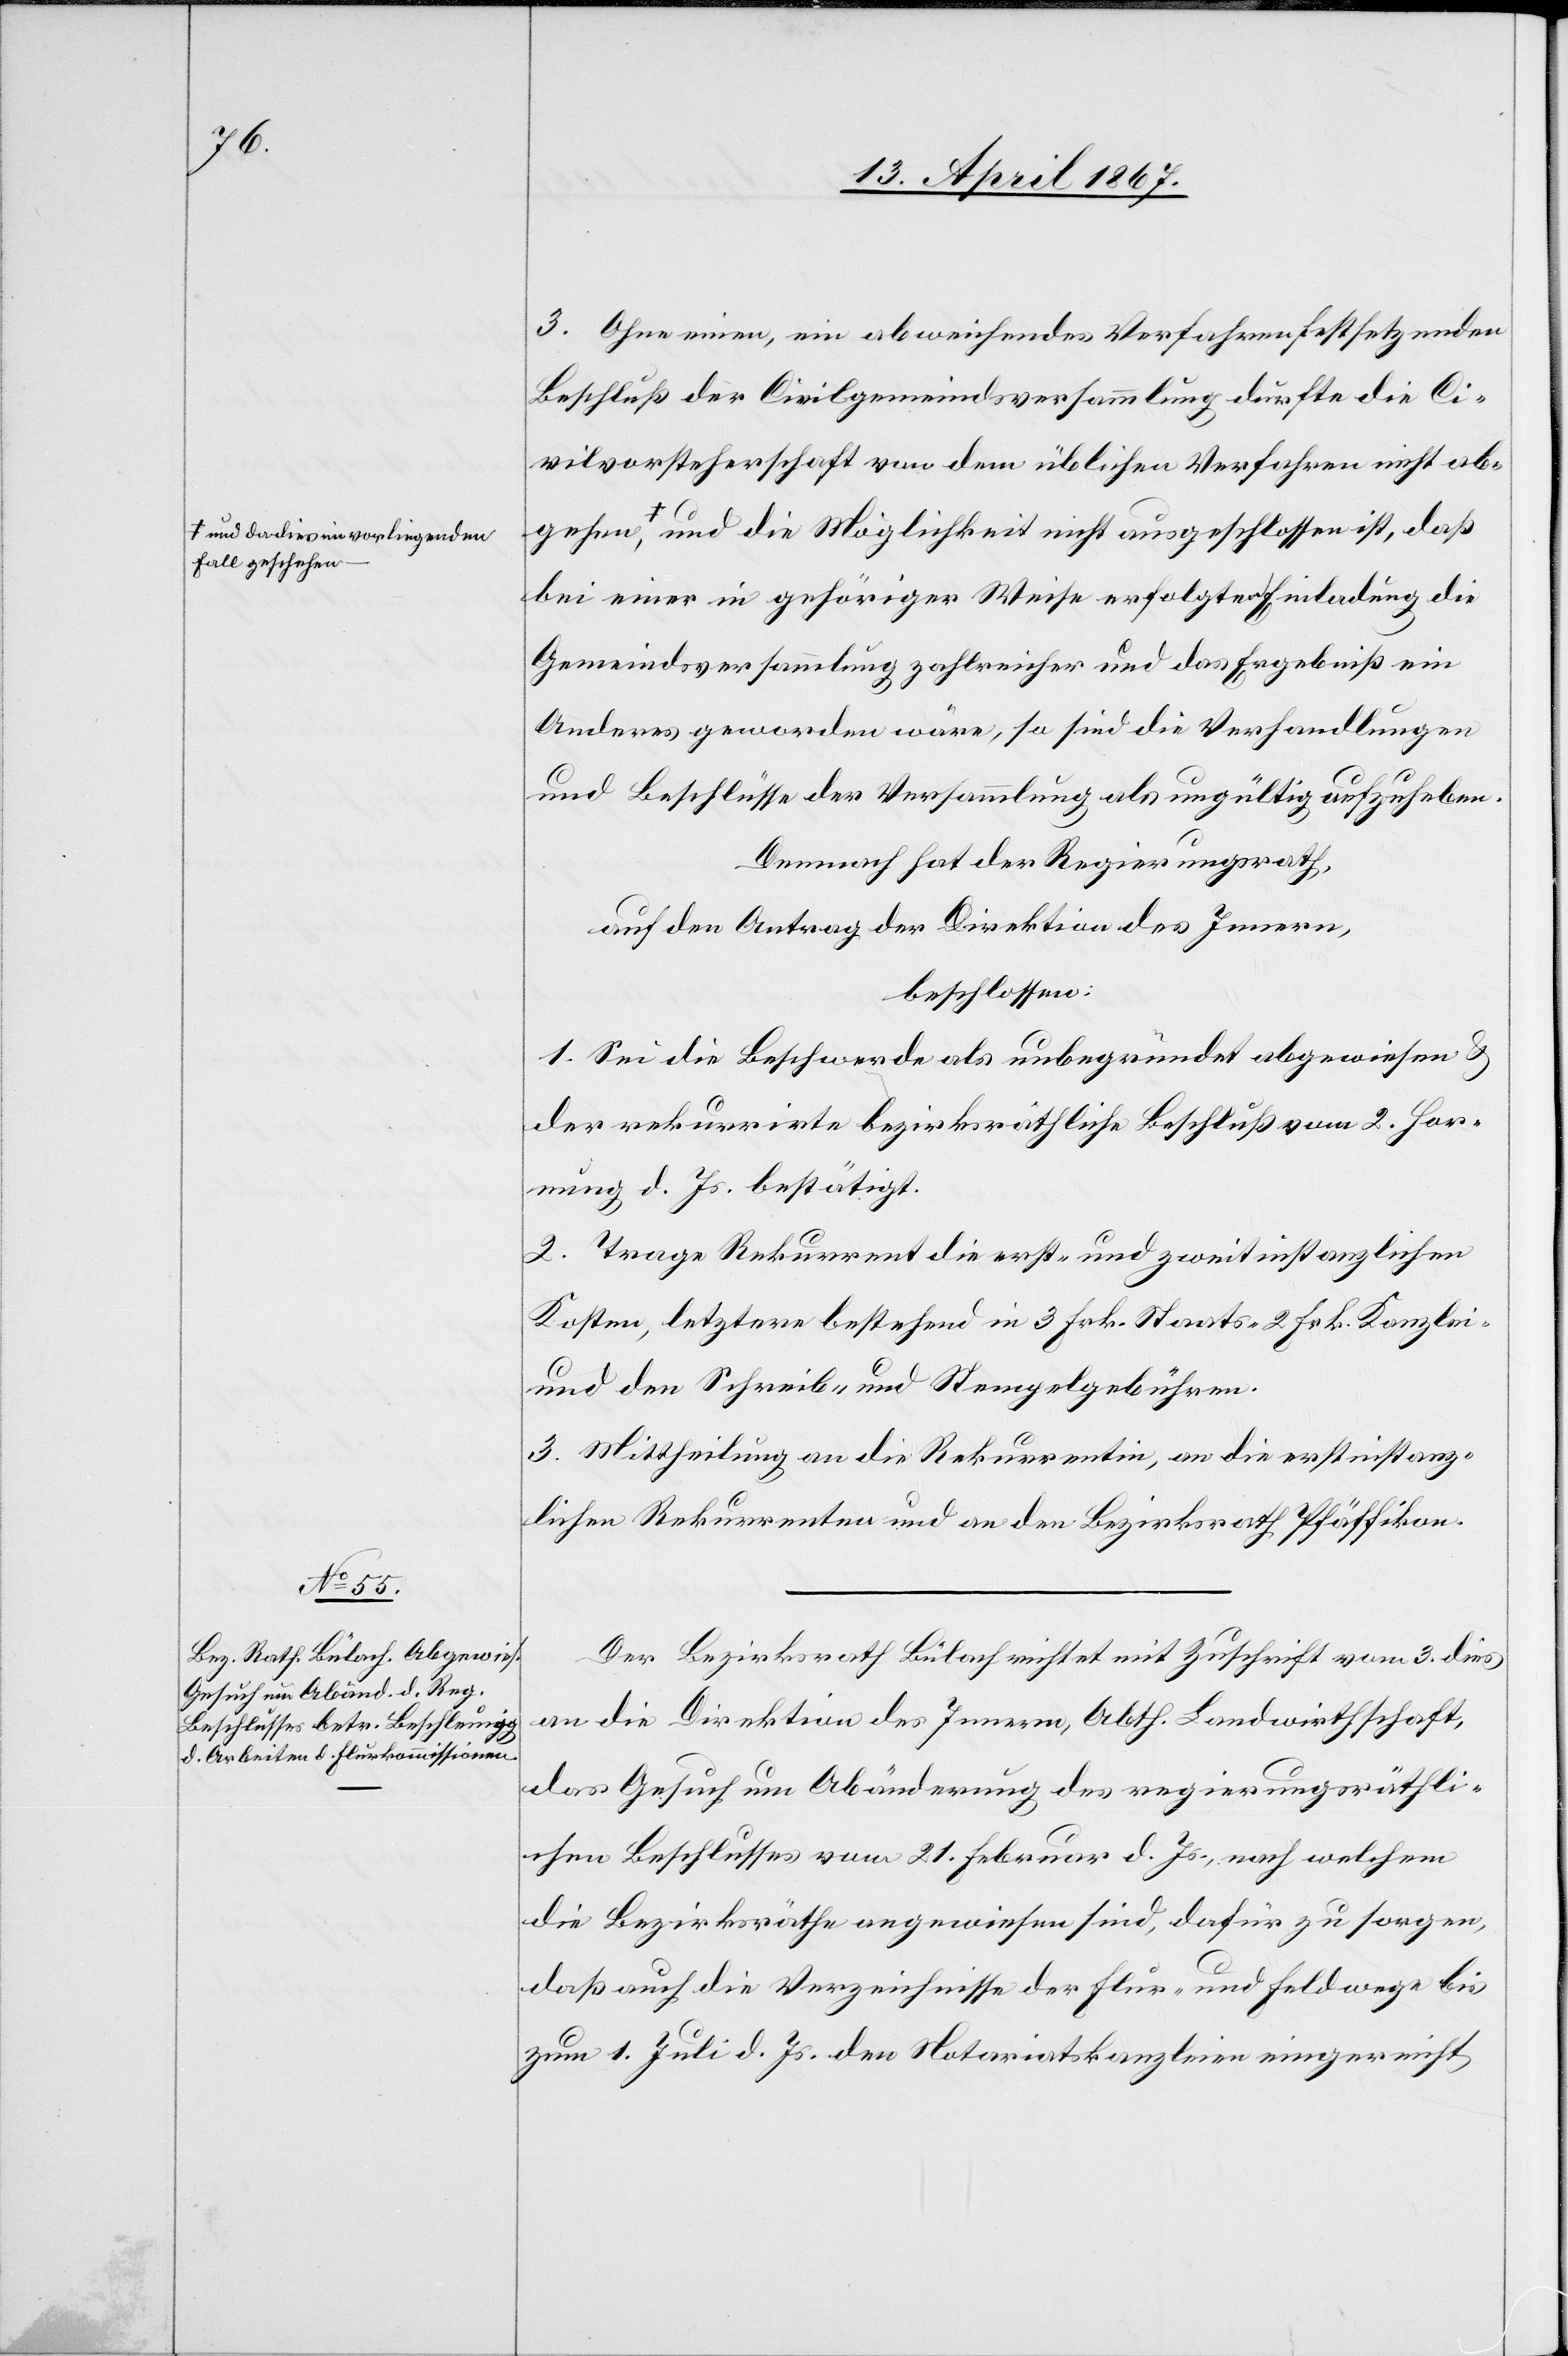
hen und da dies im vorliegenden

3. Ohne einen, ein abweichendes Verfahren festsetzenden
Beschluß der Civilgemeindsversammlung dürfte die Ci¬
vilvorsteherschaft von dem üblichen Verfahren nicht abge¬
geschehen und die Möglichkeit nicht ausgeschlossen ist, daß
bei einer in gehöriger Weise erfolgten Einladung die
Gemeindsversammlung zahlreicher und das Ergebniß ein
Anderes geworden wäre, so sind die Verhandlungen
und Beschlüsse der Versammlung als ungültig aufzuheben.
Demnach hat der Regierungsrath,
auf den Antrag der Direktion des Innern,
beschlossen:
1. Sei die Beschwerde als unbegründet abgewiesen u.
der rekurrirte bezirksräthliche Beschluß vom 2. Hor¬
nung d. Js. bestätigt.
2. Trage Rekurrent die erst- und zweitinstanzlichen
Kosten, letztere bestehend in 3 Frk. Staats-[,] 2 Frk. Kanzlei-
und den Schreib- und Stempelgebühren.
3. Mittheilung an die Rekurrentin, an die erstinstanz¬
lichen Rekurrenten und an den Bezirksrath Pfäffikon.
Der Bezirksrath Bülach richtet mit Zuschrift vom 3. dies
an die Direktion des Innern, Abth. Landwirthschaft,
das Gesuch um Abänderung des regierungsräthli¬
chen Beschlusses vom 21. Februar d. Js., nach welchem
die Bezirksräthe angewiesen sind, dafür zu sorgen,
daß auch die Verzeichnisse der Flur- und Feldwege bis
zum 1. Juli d. Js. den Notariatskanzleien eingereicht